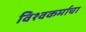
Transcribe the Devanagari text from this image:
विश्‍वकर्माचा